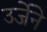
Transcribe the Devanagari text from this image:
उर्जेने